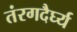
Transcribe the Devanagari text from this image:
तंरगदैर्घ्य